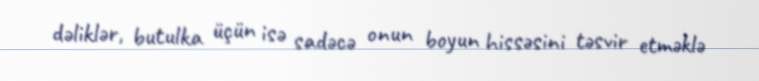
dəliklər, butulka üçün isə sadəcə onun boyun hissəsini təsvir etməklə